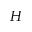
H